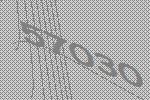
57030